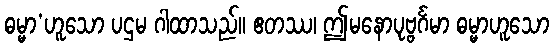
ဓမ္မာ’ဟူသော ပဌမ ဂါထာသည်။ ဧတဿ၊ ဤမနောပုဗ္ဗင်္ဂမာ ဓမ္မာဟူသော